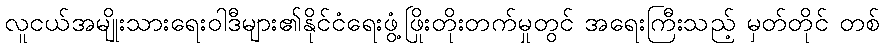
လူငယ်အမျိုးသားရေးဝါဒီများ၏နိုင်ငံရေးဖွံ့ဖြိုးတိုးတက်မှုတွင် အရေးကြီးသည့် မှတ်တိုင် တစ်